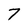
Character: 7